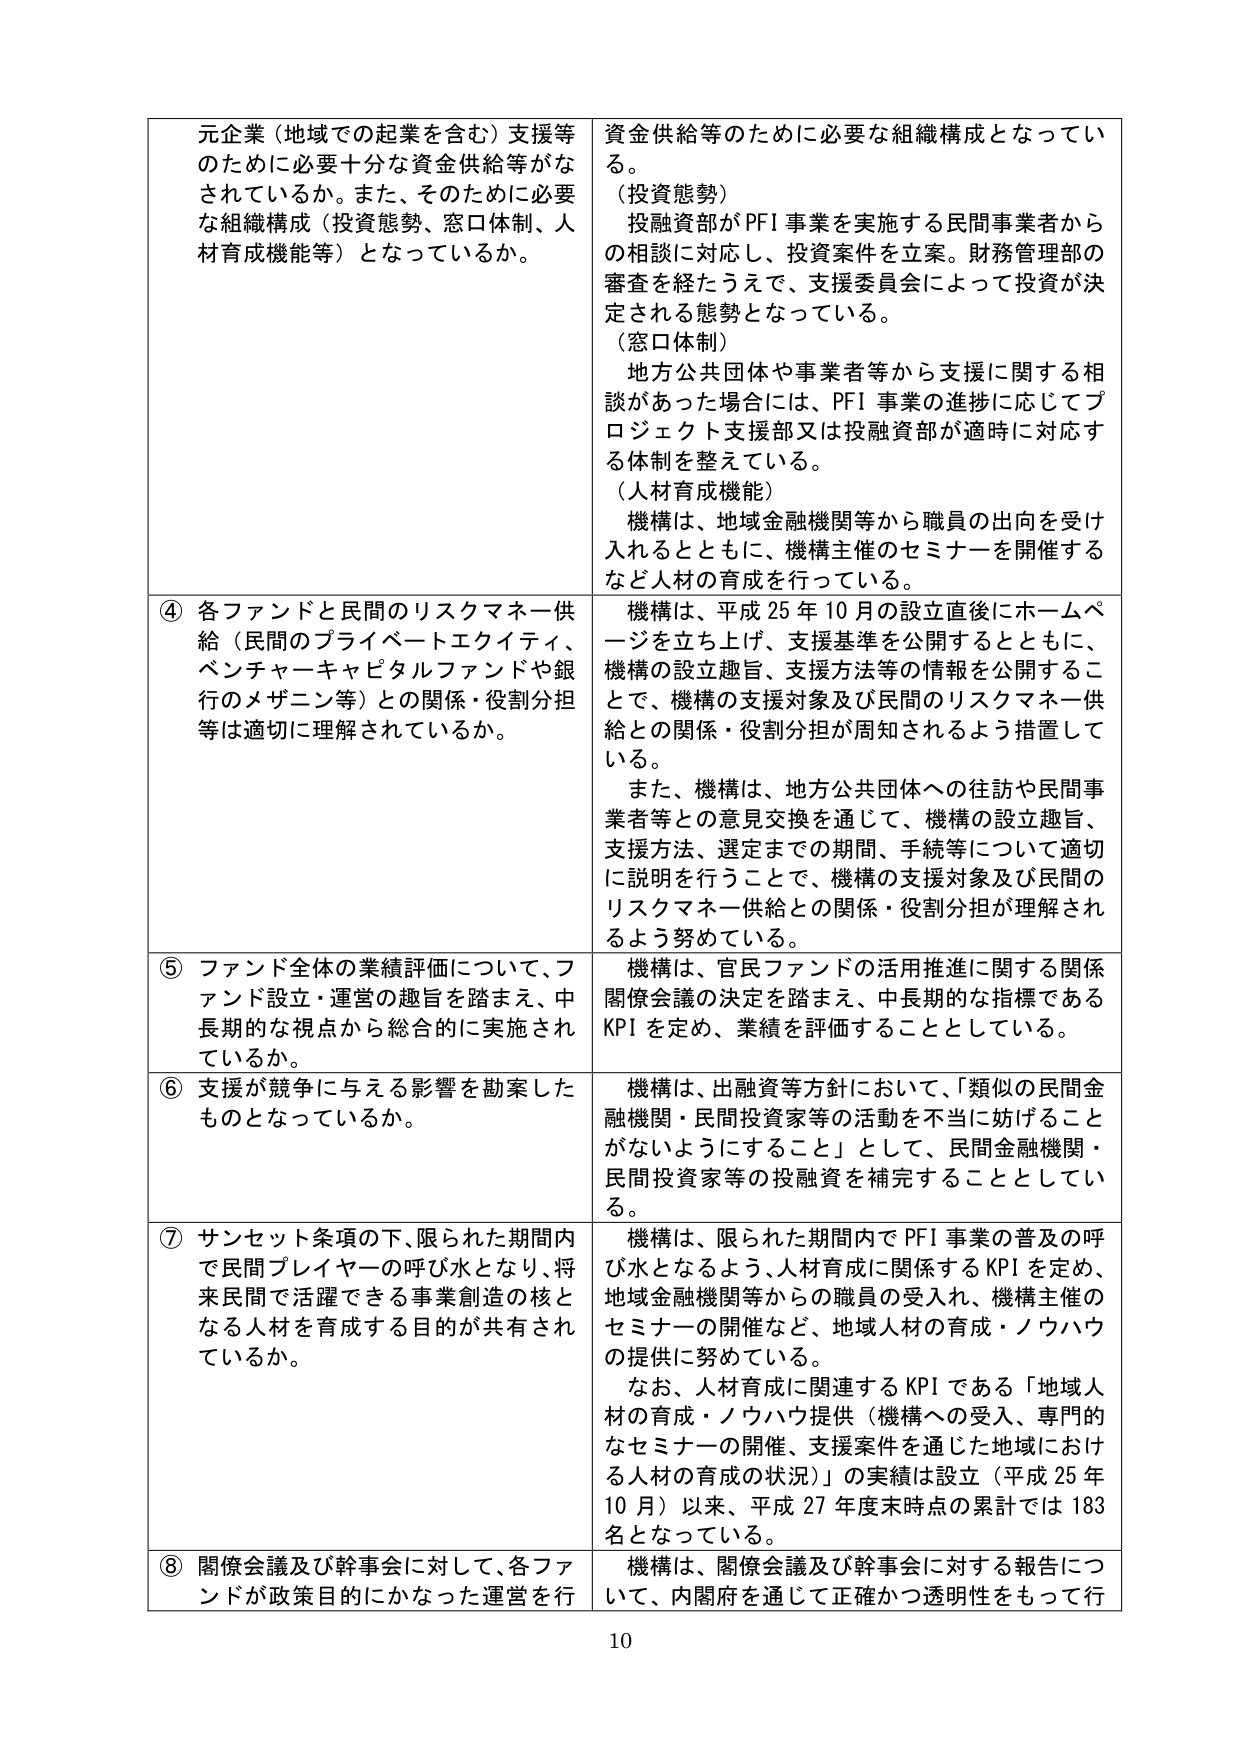
元企業（地域での起業を含む）支援等のために必要十分な資金供給等がなされているか。また、そのために必要な組織構成（投資態勢、窓口体制、人材育成機能等）となっているか。

資金供給等のために必要な組織構成となっている。
（投資態勢）
投融資部がPFI事業を実施する民間事業者からの相談に対応し、投資案件を立案。財務管理部の審査を経たうえで、支援委員会によって投資が決定される態勢となっている。
（窓口体制）
地方公共団体や事業者等から支援に関する相談があった場合には、PFI事業の進捗に応じてプロジェクト支援部又は投融資部が適時に対応する体制を整えている。
（人材育成機能）
機構は、地域金融機関等から職員の出向を受け入れるとともに、機構主催のセミナーを開催するなど人材の育成を行っている。

④ 各ファンドと民間のリスクマネー供給（民間のプライベートエクイティ、ベンチャーキャピタルファンドや銀行のメザニン等）との関係・役割分担等は適切に理解されているか。
機構は、平成25年10月の設立直後にホームページを立ち上げ、支援基準を公開するとともに、機構の設立趣旨、支援方法等の情報を公開することで、機構の支援対象及び民間のリスクマネー供給との関係・役割分担が周知されるよう措置している。
また、機構は、地方公共団体への往訪や民間事業者等との意見交換を通じて、機構の設立趣旨、支援方法、選定までの期間、手続等について適切に説明を行うことで、機構の支援対象及び民間のリスクマネー供給との関係・役割分担が理解されるよう努めている。

⑤ ファンド全体の業績評価について、ファンド設立・運営の趣旨を踏まえ、中長期的な視点から総合的に実施されているか。
機構は、官民ファンドの活用推進に関する関係閣僚会議の決定を踏まえ、中長期的な指標であるKPIを定め、業績を評価することとしている。

⑥ 支援が競争に与える影響を勘案したものとなっているか。
機構は、出融資等方針において、「類似の民間金融機関・民間投資家等の活動を不当に妨げることがないようにすること」として、民間金融機関・民間投資家等の投融資を補完することとしている。

⑦ サンセット条項の下、限られた期間内で民間プレイヤーの呼び水となり、将来民間で活躍できる事業創造の核となる人材を育成する目的が共有されているか。
機構は、限られた期間内でPFI事業の普及の呼び水となるよう、人材育成に関係するKPIを定め、地域金融機関等からの職員の受入れ、機構主催のセミナーの開催など、地域人材の育成・ノウハウの提供に努めている。
なお、人材育成に関連するKPIである「地域人材の育成・ノウハウ提供（機構への受入、専門的なセミナーの開催、支援案件を通じた地域における人材の育成の状況）」の実績は設立（平成25年10月）以来、平成27年度末時点の累計では183名となっている。

⑧ 関係会議及び幹事会に対して、各ファンドが政策目的にかなった運営を行
機構は、関係会議及び幹事会に対する報告について、内閣府を通じて正確かつ透明性をもって行

10